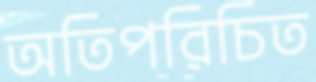
অতিপরিচিত